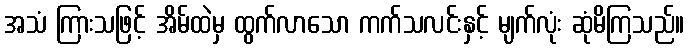
အသံ ကြားသဖြင့် အိမ်ထဲမှ ထွက်လာသော ကက်သလင်းနှင့် မျက်လုံး ဆုံမိကြသည်။